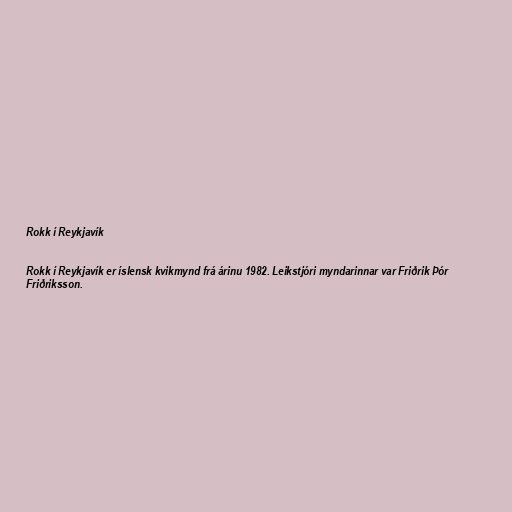
Rokk í Reykjavík

Rokk í Reykjavík er íslensk kvikmynd frá árinu 1982. Leikstjóri myndarinnar var Friðrik Þór
Friðriksson.